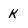
Character: K